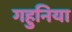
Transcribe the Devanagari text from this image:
गहुनिया